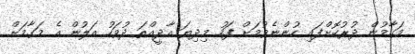
މަގާމުން ދުރުކޮށްފައި ހުންނެވުމަށް ފަހު މިދިޔަ އާދީއްތަ ދުވަހު އަލުން އެ މަގާމަށް